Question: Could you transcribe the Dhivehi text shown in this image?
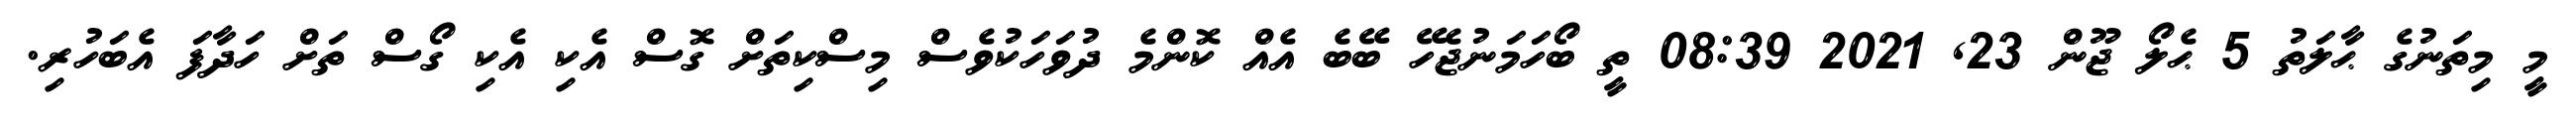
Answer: މީ މިތަނުގެ ޙާލަތު 5 ޙެލޯ ޖޫން 23, 2021 08:39 ތީ ބޯހަމަނުޖެހޭ ބޭބެ އެއް ކޮންމެ ދުވަހަކުވެސް މިސްކިތަށް ގޮސް އެކި އެކި ގޯސް ތަށް ހަދާފަ އެބަހުރި.